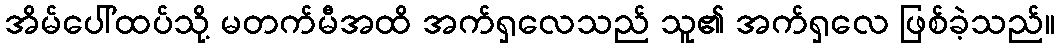
အိမ်ပေါ်ထပ်သို့ မတက်မီအထိ အက်ရှလေသည် သူ၏ အက်ရှလေ ဖြစ်ခဲ့သည်။